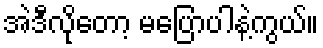
အဲဒီလိုတော့ မပြောပါနဲ့ကွယ်။